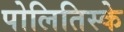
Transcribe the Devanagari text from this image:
पोलितिस्के